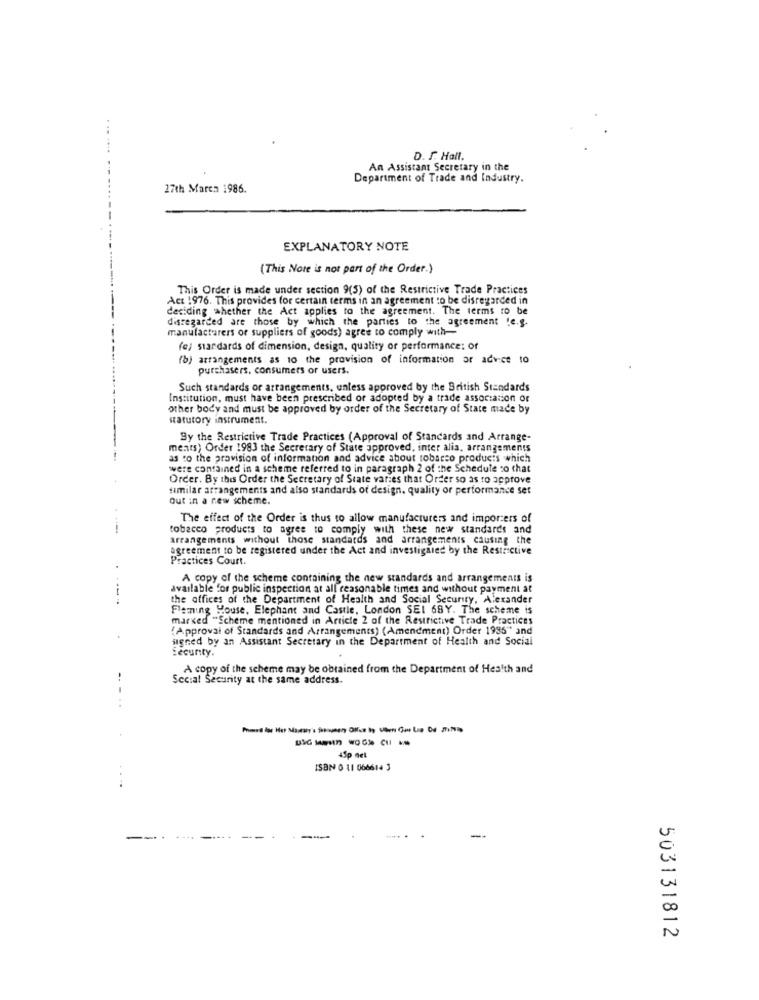
D. I. Hall.
An Assistant Secretary in the
Department of Trade and Industry.
27th March 1986.
EXPLANATORY NOTE
(This Nore is not part of the Order.)
This Order is made under section 9(5) of the Restrictive Trade Practices
Act 1976. This provides for certain terms in an agreement to be disregarded in
deciding whether the Act applies to the agreement. The terms to be
disregarded are those by which the parties to the agreement "e.g.
manufacturers of suppliers of goods) agree to comply with-
(e) standards of dimension, design, quality or performance: of
(b) arrangements as 10 the provision of information or advice to
purchasers. consumers or users.
Such standards or arrangements, unless approved by the British Standards
Institution, must have been prescribed of adopted by a trade association or
other body and must be approved by order of the Secretary of State made by
statutory instrument.
By the Restrictive Trade Practices (Approval of Standards and Arrange-
ments) Order 1983 the Secretary of State approved, inter alia, arrangements
as to the provision of information and advice about tobacco products .which
wwere contained in a scheme referred to in paragraph 2 of the Schedule so that
Order. By this Order the Secretary of State varies that Order so as to approve
similar arrangements and also standards of design, quality of performance set
out in a new scheme.
The effect of the Order is thus to allow manufacturers and importers of
tobacco products to agree to comply with these new standards and
arrangements without those standards and arrangements causing the
agreement to be registered under the Act and investigaled by the Restrictive
Practices Court.
A copy of the scheme containing the new standards and arrangements is
available for public inspection at all reasonable times and without payment at
----
the offices of the Department of Health and Social Security, Alexander
Fleming House, Elephant and Castle, London SEI 68Y. The scheme is
marked "Scheme mentioned in Article 2 of the Restrictive Trade Practices
(Approval of Standards and Arrangements) (Amendment) Order 1995" and
signed by an Assistant Secretary in the Department of Health and Social
Security.
A copy of the scheme may be obtained from the Department of Health and
Social Security at the same address.
45p net
ISBN 0 11 066614 3
--
503131812